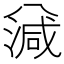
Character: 𣼪